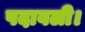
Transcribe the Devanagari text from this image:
पदावली।